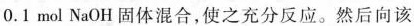
0.1 mol NaOH 固体混合，使之充分反应。然后向该